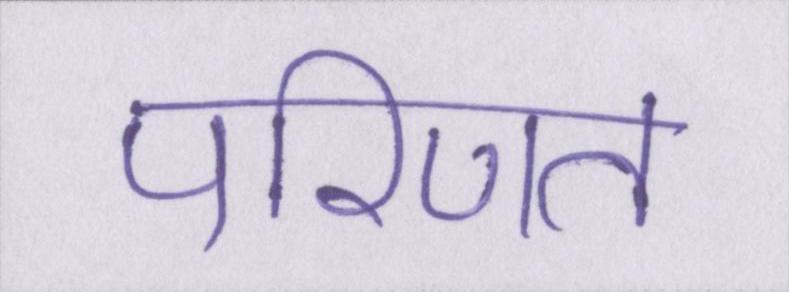
परिणत